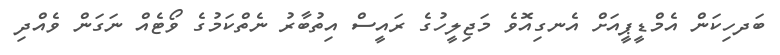
ބަދހިކަން އެމްޑީޕީއަށް އެނގިއޮވެ މަޖިލީހުގެ ރައީސް އިތުބާރު ނެތްކަމުގެ ވޯޓެއް ނަގަން ވެއްދި